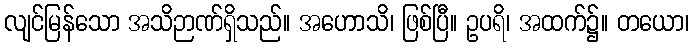
လျင်မြန်သော အသိဉာဏ်ရှိသည်။ အဟောသိ၊ ဖြစ်ပြီ။ ဥပရိ၊ အထက်၌။ တယော၊